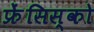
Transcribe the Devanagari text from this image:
फ्रेंसिस्‍को